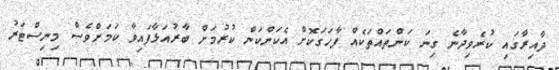
ދާއިރާގައި ކުރެވިދާނެ ގިނަ ކަންތައްތަކެއް ފާހަގަކޮށް އެކަންކަން ކުރުމަށް ބާރުއަޅާފައިވާ ކަމަށްވެސް މިނިސްޓަރު